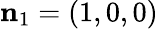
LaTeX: {\mathbf{n}_{1}}=(1,0,0)